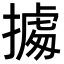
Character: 㩀